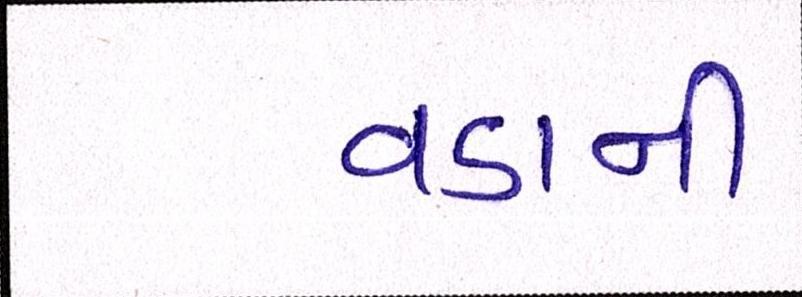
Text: વડાની